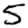
Digit: 5